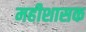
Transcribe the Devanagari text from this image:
महीशासक